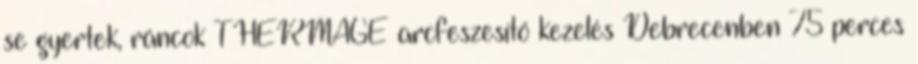
se gyertek, ráncok THERMAGE arcfeszesítő kezelés Debrecenben 75 perces